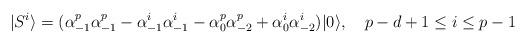
LaTeX: \begin{align*}|S^i\rangle=(\alpha_{-1}^p\alpha_{-1}^p-\alpha_{-1}^i\alpha_{-1}^i-\alpha_0^p\alpha_{-2}^p+\alpha_0^i\alpha_{-2}^i)|0\rangle , \quad p-d+1\le i\le p-1\end{align*}